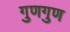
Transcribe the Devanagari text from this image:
गुणगुण